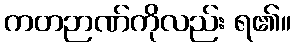
ကတဉာဏ်ကိုလည်း ရ၏။